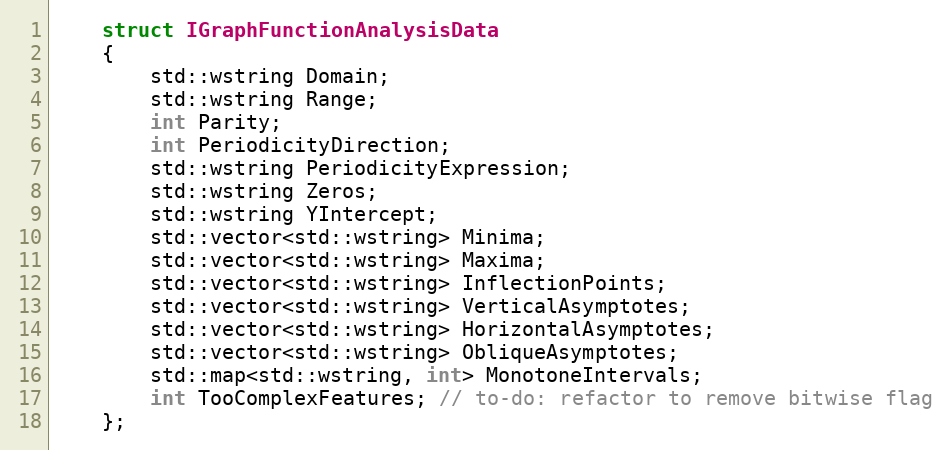
Language: C
	struct IGraphFunctionAnalysisData
	{
		std::wstring Domain;
		std::wstring Range;
		int Parity;
		int PeriodicityDirection;
		std::wstring PeriodicityExpression;
		std::wstring Zeros;
		std::wstring YIntercept;
		std::vector<std::wstring> Minima;
		std::vector<std::wstring> Maxima;
		std::vector<std::wstring> InflectionPoints;
		std::vector<std::wstring> VerticalAsymptotes;
		std::vector<std::wstring> HorizontalAsymptotes;
		std::vector<std::wstring> ObliqueAsymptotes;
		std::map<std::wstring, int> MonotoneIntervals;
		int TooComplexFeatures; // to-do: refactor to remove bitwise flag
	};